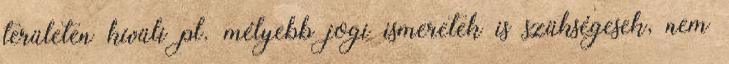
területen kívüli pl. mélyebb jogi ismeretek is szükségesek, nem